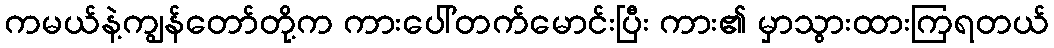
ကမယ်နဲ့ကျွန်တော်တို့က ကားပေါ်တက်မောင်းပြီး ကား၏ မှာသွားထားကြရတယ်